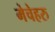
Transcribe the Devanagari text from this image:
मेचेहरु